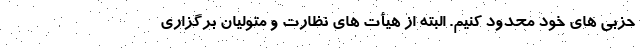
حزبی های خود محدود کنیم. البته از هیأت های نظارت و متولیان برگزاری